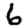
Digit: 6